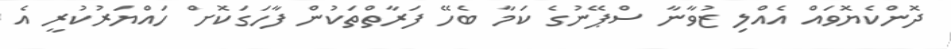
ދޮންކެޔޮވައް އެއްލި ޒުވާނާ ސްޕޭނުގެ ކަމާ ބެހޭ ފަރާތްތަކުން ފާހަގަކޮށް ހައްޔަރުކުރީ އެ